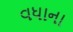
વધાના